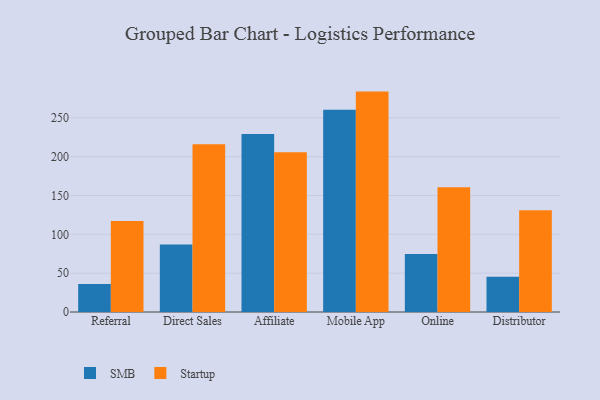
{"axis": {"x": "Channel", "y": "Latency (ms)"}, "legend": ["SMB", "Startup"], "data": [{"x": "Referral", "y": 35.9, "type": "SMB"}, {"x": "Referral", "y": 117.2, "type": "Startup"}, {"x": "Direct Sales", "y": 86.8, "type": "SMB"}, {"x": "Direct Sales", "y": 216.0, "type": "Startup"}, {"x": "Affiliate", "y": 229.2, "type": "SMB"}, {"x": "Affiliate", "y": 205.7, "type": "Startup"}, {"x": "Mobile App", "y": 260.3, "type": "SMB"}, {"x": "Mobile App", "y": 283.7, "type": "Startup"}, {"x": "Online", "y": 74.7, "type": "SMB"}, {"x": "Online", "y": 160.7, "type": "Startup"}, {"x": "Distributor", "y": 45.5, "type": "SMB"}, {"x": "Distributor", "y": 130.9, "type": "Startup"}]}